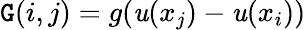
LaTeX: \mathtt{G}(i,j)=g(\mathit{u}(x_{j})-\mathit{u}(x_{i}))